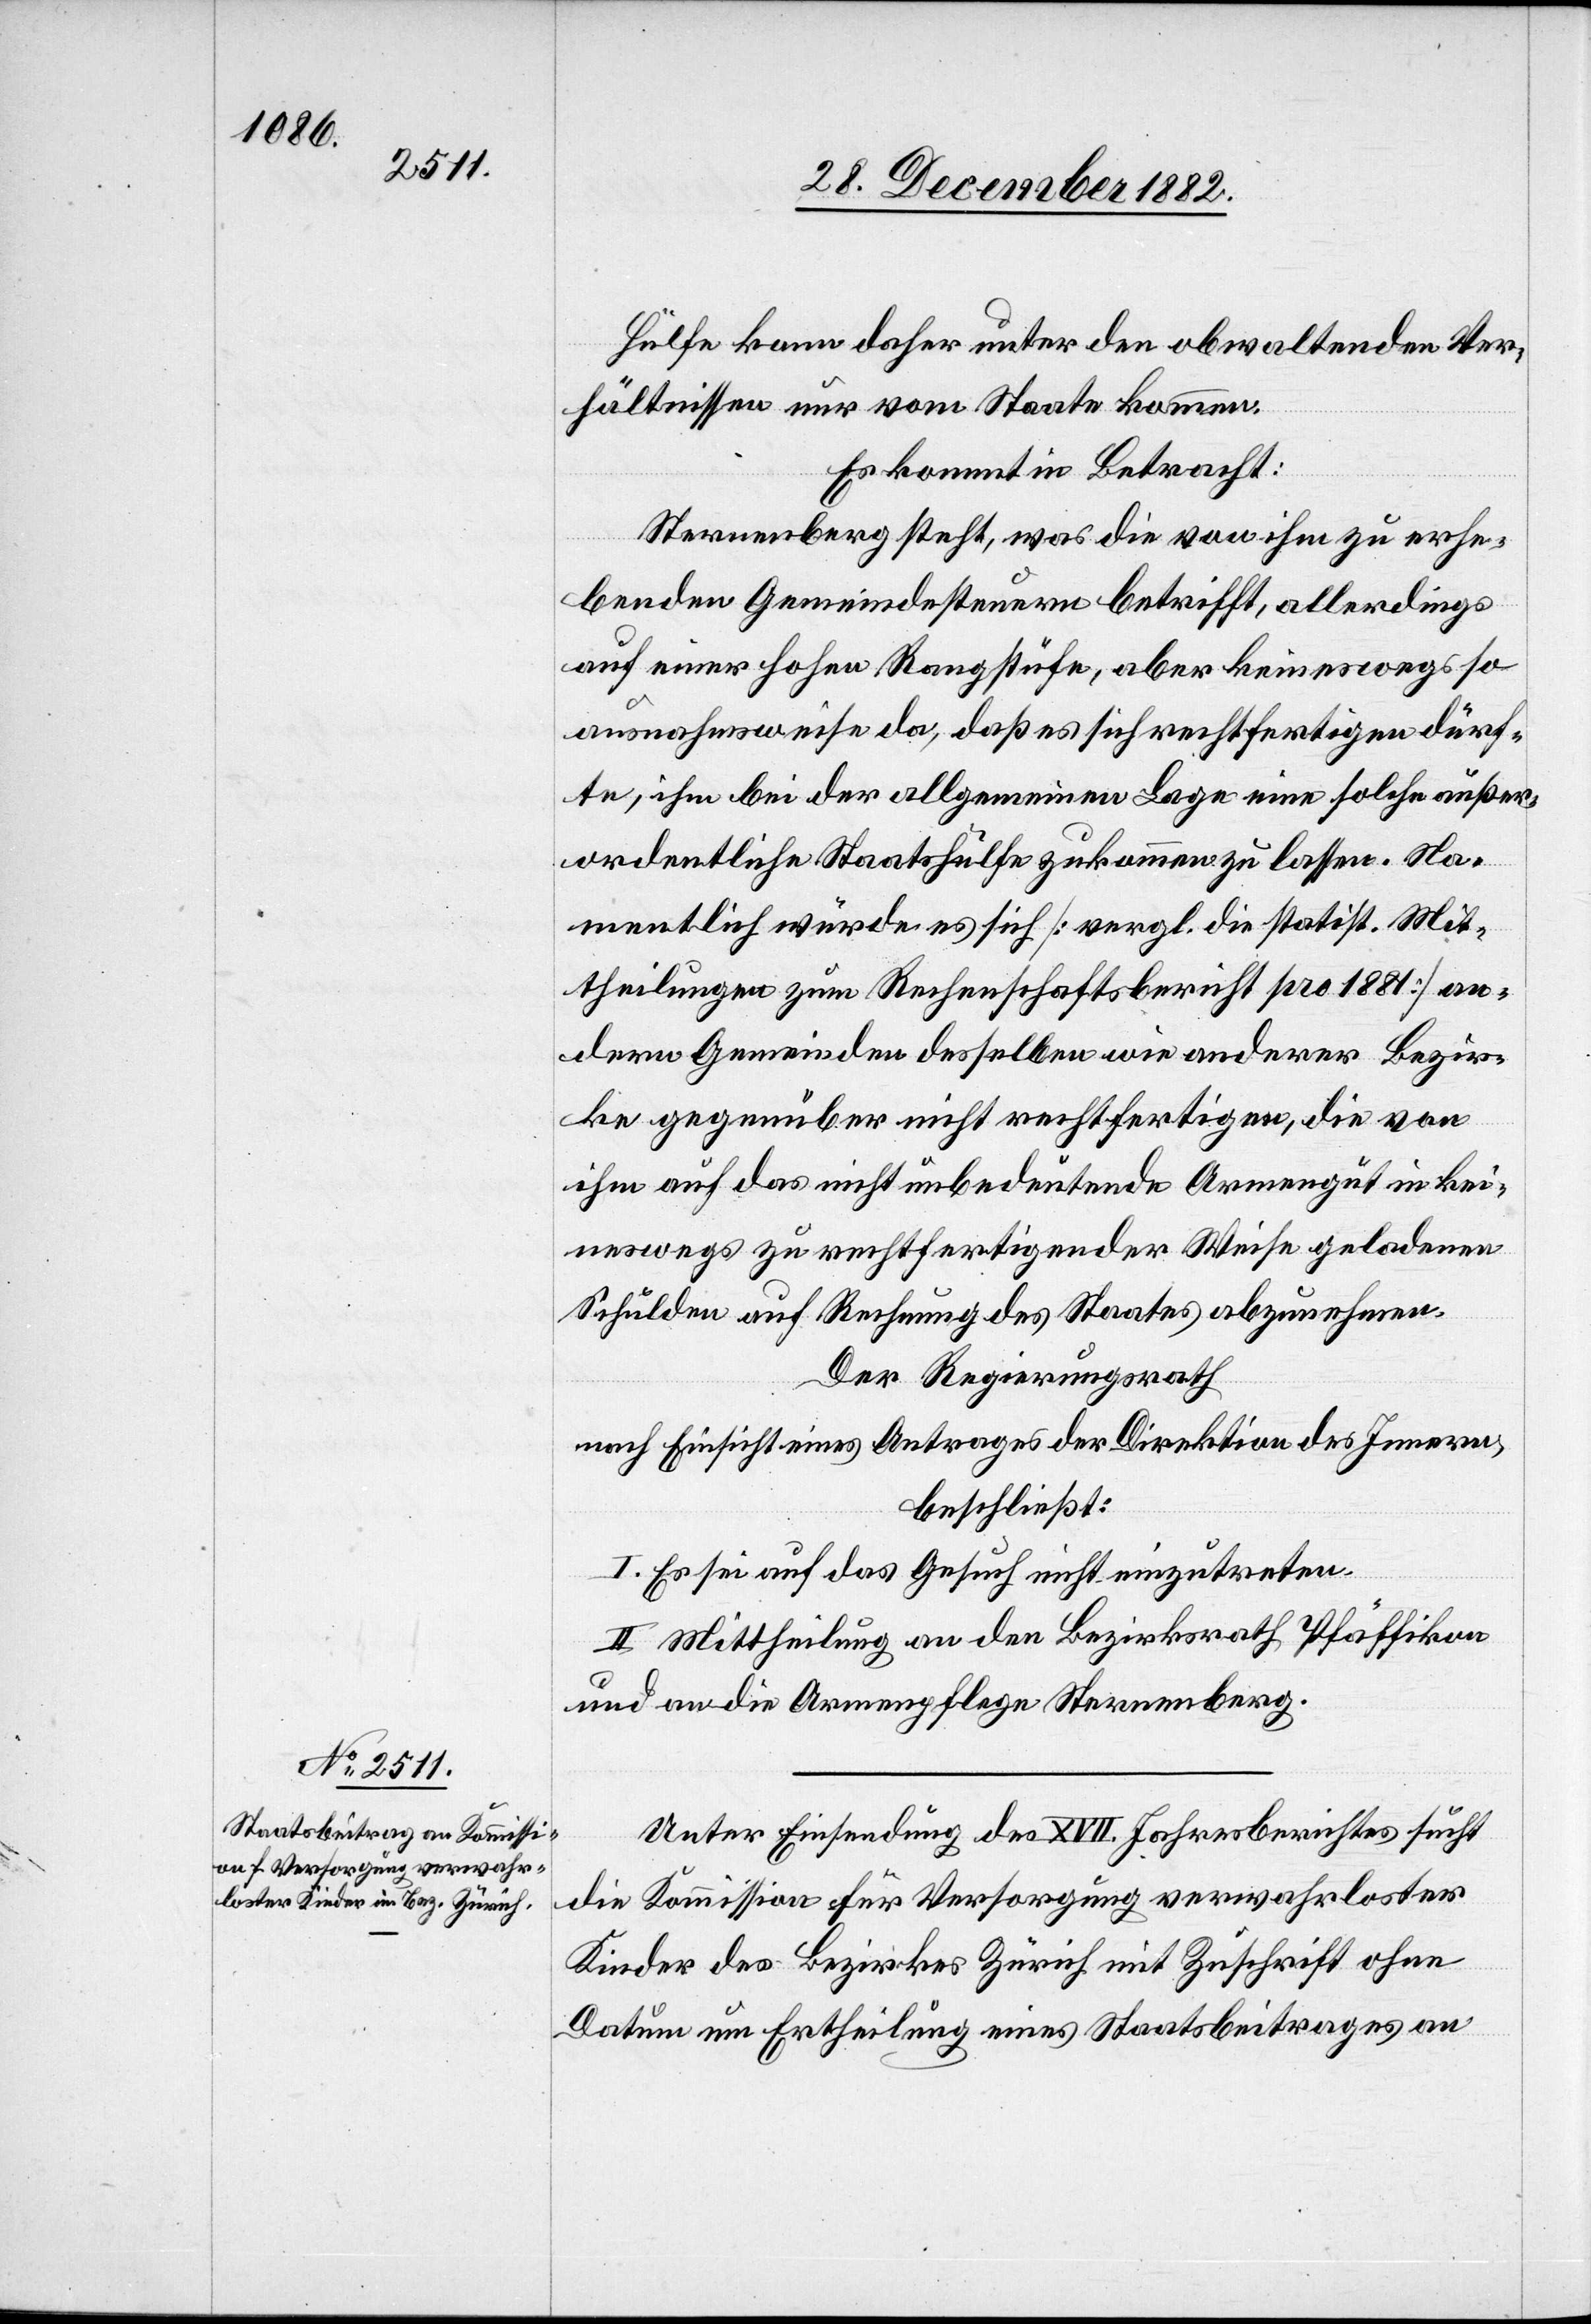
Hülfe kann daher unter den obwaltenden Ver¬
hältnissen nur vom Staate kommen.
Es kommt in Betracht:
Sternenberg steht, was die von ihm zu erhe¬
benden Gemeindesteuern betrifft, allerdings
auf einer hohen Rangstüfe [recte: Rangstufe], aber keineswegs so
ausnahmsweise da, daß es sich rechtfertigen dürf¬
te, ihm bei der allgemeinen Lage eine solche außer¬
ordentliche Staatshülfe zukommen zu lassen. Na¬
mentlich würde es sich [vergl. die statist. Mit¬
theilungen zum Rechenschaftsbericht pro 1881] an¬
dern Gemeinden desselben wie anderer Bezir¬
ke gegenüber nicht rechtfertigen, die von
ihm auf das nicht unbedeutende Armengut in kei¬
neswegs zu rechtfertigender Weise geladenen
Schulden auf Rechnung des Staates abzunehmen.
Der Regierungsrath,
nach Einsicht eines Antrages der Direktion des Innern,
beschließt:
I. Es sei auf das Gesuch nicht einzutreten.
II. Mittheilung an den Bezirksrath Pfäffikon
und an die Armenpflege Sternenberg.
Unter Einsendung des XVII. Jahresberichtes sucht
die Kommission für Versorgung verwahrloster
Kinder des Bezirkes Zürich mit Zuschrift ohne
Datum um Ertheilung eines Staatsbeitrages an